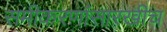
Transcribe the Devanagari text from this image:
समीकरणांसारखीच